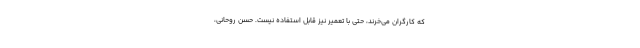
که کارگران می‌خرند، حتی با تعمیر نیز قابل استفاده نیست. حسن روحانی،